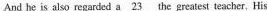
And he is also regarded \underline{a23} the greatest teacher. His